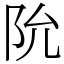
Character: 阭